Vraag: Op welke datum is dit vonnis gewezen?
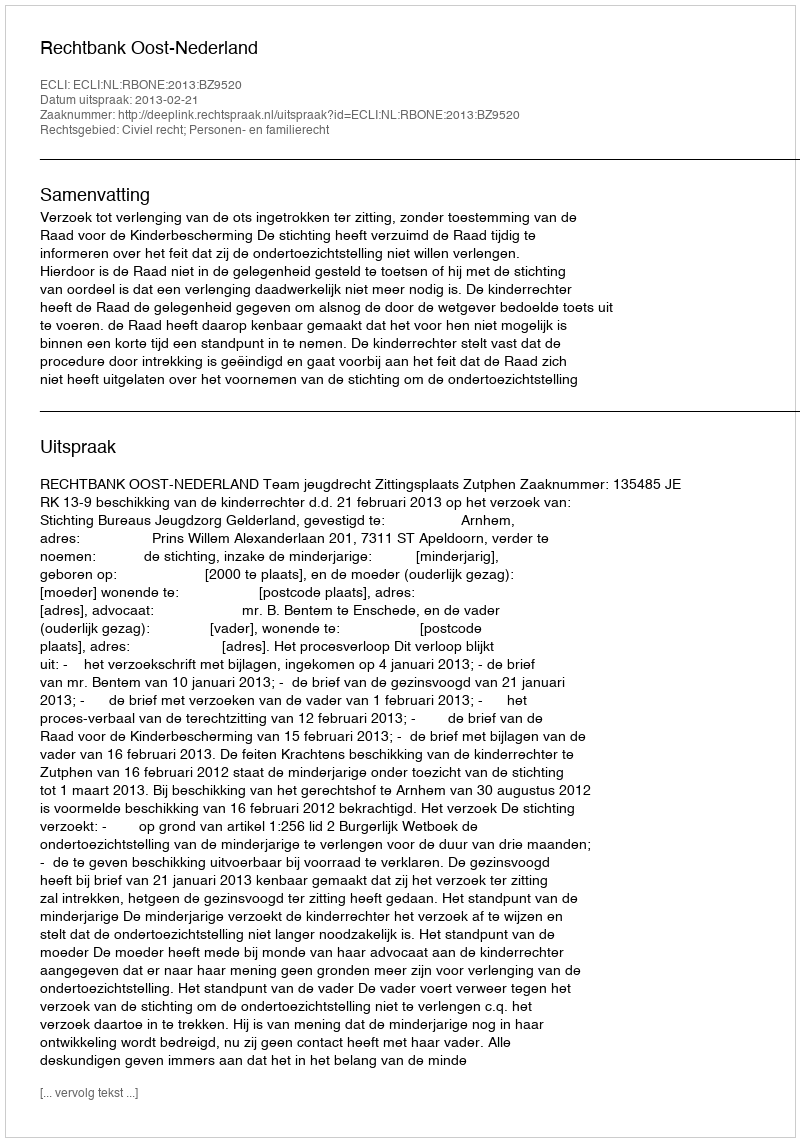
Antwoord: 2013-02-21